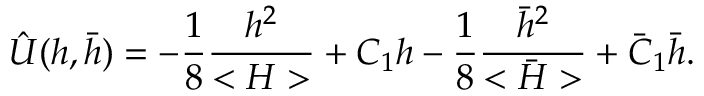
\hat { U } ( h , \bar { h } ) = - { \frac { 1 } { 8 } } { \frac { h ^ { 2 } } { < H > } } + C _ { 1 } h - { \frac { 1 } { 8 } } { \frac { \bar { h } ^ { 2 } } { < \bar { H } > } } + \bar { C } _ { 1 } \bar { h } .